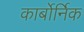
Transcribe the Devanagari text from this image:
कार्बोर्निक